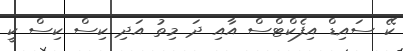
ކޭ ސައިޑް އިފެކްޓްސް އާއި ދަ މިތު އަދި ކިސް ކިސް ކީ